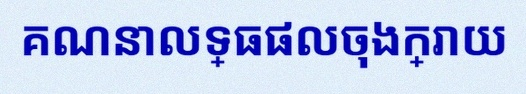
គណនាលទ្ធផលចុងក្រោយ